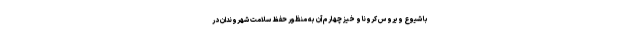
با شیوع ویروس کرونا و خیز چهارم آن به منظور حفظ سلامت شهروندان در